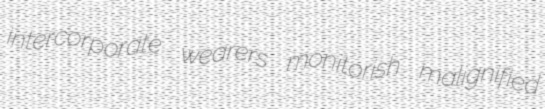
intercorporate wearers monitorish malignified